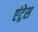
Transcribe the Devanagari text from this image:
एंट्रेस